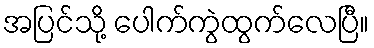
အပြင်သို့ ပေါက်ကွဲထွက်လေပြီ။